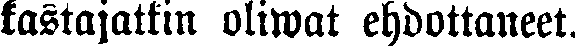
kastajatkin oliwat ehdottaneet.